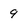
Character: 9